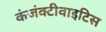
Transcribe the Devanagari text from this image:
कंजंक्टीवाइटिस